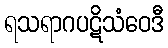
ရသရာဂပဋိသံဝေဒီ